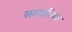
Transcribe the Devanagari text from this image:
सलाहीयत